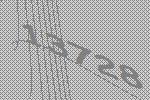
13728